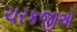
ચરકજીએ